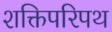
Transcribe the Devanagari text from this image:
शक्तिपरिपथ